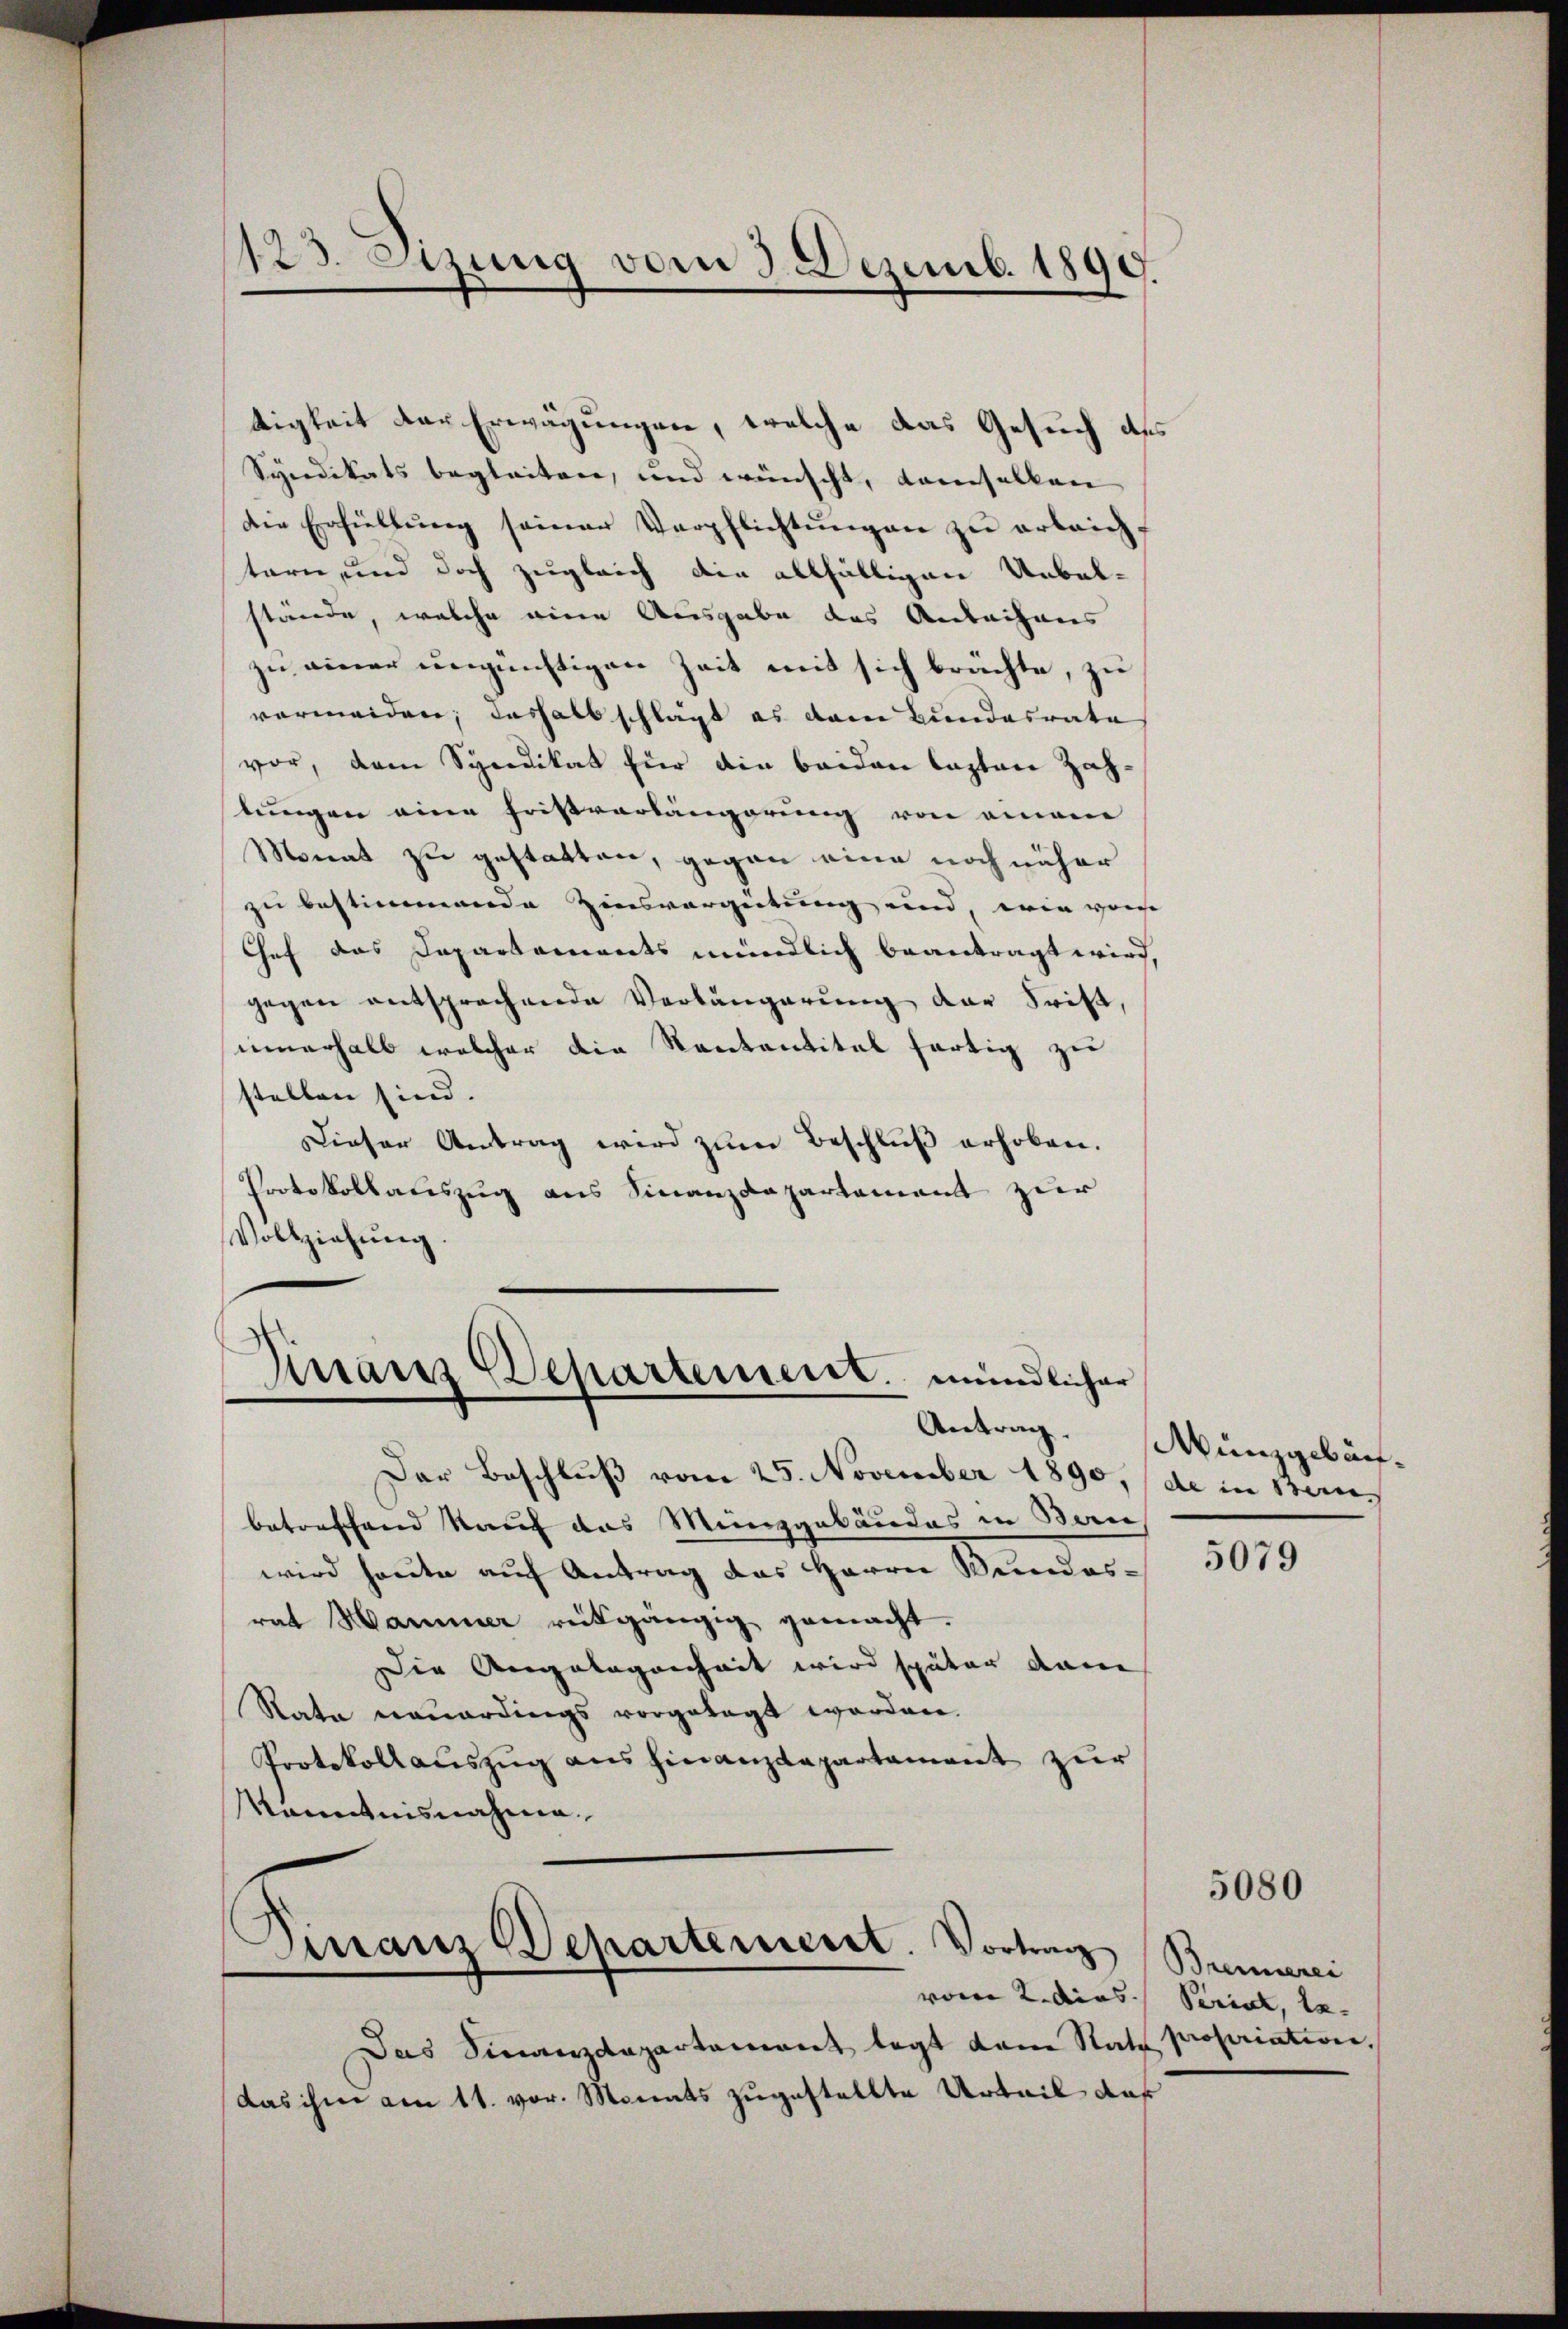
123. Sizung vom 3. Dezemb. 1890.

tigkeit der Erwägungen, welche das Gesuch des
Syndikats begleiten, und wünscht, demselben
die Erfüllŭng seiner Verpflichtŭngen zŭ erleicht
tern, und doch zugleich die allfälligen Uebel-
stände, welche eine Ausgabe das Anleihens
zu einer ungünstigen Zeit mit sich brächte, zu
vermeiden; deshalb schlagt es dem Bundesrate
vor, dem Syndikat für die beiden lasten Zahlungen eine Fristvorlängerung von einem
Monat zu gestatten, gegen eine noch näher
zu bestimmende Zinsvergütung und, wie von
Chef das Departaments mündlich beantragt wird,
gegen entsprechende Verlängerung der Frist,
innerhalb welcher die Kantantitel fertig zu
stellen sind.
Dieser Antrag wird zum Beschluß erhoben.
Protokollauszug aus Finanzdepartement zur
Vollziehung.

Finanz Departement mündlicher
Antrag.

Finanz Departemeist. Vortrag
vom 2. Das Perial, 12.

Der Beschluß vom 25. November 1890, de in Stern
betreffend kauf das Münzgebäudes in Ban
wird heute auf Antrag das Herrn Mendes-
rat Hammer reitgängig gemacht.
Die Angelegenheit wird später dann
Rata neŭerdings vorgelegt worden.
Protokollauszug ausfinanzdepartament zur
Kenntnisnahmen.

Münzgebäu¬

Das Sinanzdepartamont legt dann Rath propriation,
das ihm am 11. vor. Monats zugestellte Urteil das

5079

Brennerei

5080